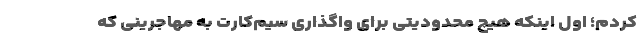
کردم؛ اول اینکه هیچ محدودیتی برای واگذاری سیم‌کارت به مهاجرینی که